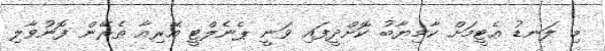
މި ލަނޑު އެޓީމަށް ކާމިޔާބު ކޮށްދީފައި ވަނީ ޕެނެލްޓީ އޭރިއާ ތެރޭން ފޮނުވާލި